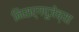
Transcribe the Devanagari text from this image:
निसर्गपूजेच्या